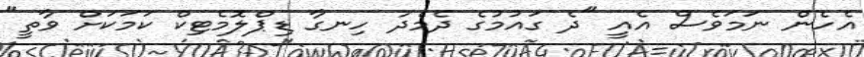
އެހެން ނަމަވެސް އެއީ "ދެ ގައުމުގެ ދެމެދު ހިނގާ ޑިޕްލޮމެޓިކް ކަމަކަށް ވާތީ"